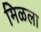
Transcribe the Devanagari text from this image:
मिळला